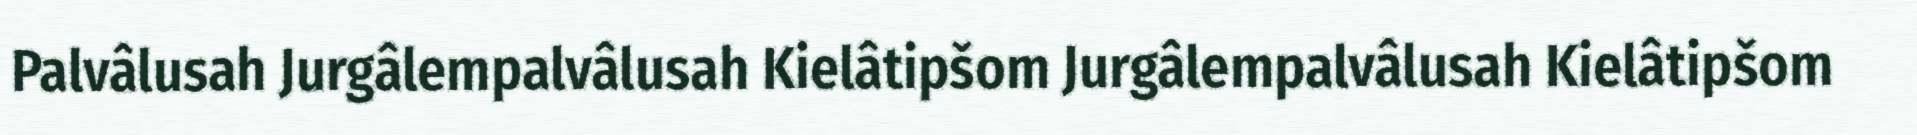
Palvâlusah Jurgâlempalvâlusah Kielâtipšom Jurgâlempalvâlusah Kielâtipšom